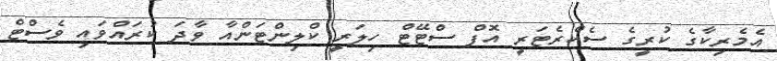
އެމެރިކާގެ ކުރީގެ ސެކްރެޓަރީ އޮފް ސްޓޭޓް ހިލަރީ ކްލިންޓަންއާ ވާދަ ކުރައްވައި ވެސްޓް